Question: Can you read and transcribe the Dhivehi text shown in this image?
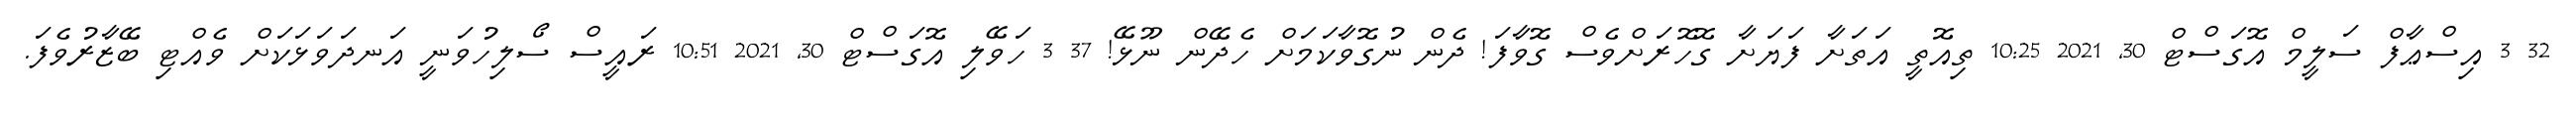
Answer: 32 3 އިސްޢާފް ސަލީމް އޮގަސްޓް 30, 2021 10:25 ތިއޮތީ އަތަށާ ފަޔަށާ ގޮހޮރަށްވެސް ގޮވާފަ! ދެން ނުގޮވާކަމަށް ހެދޭން ނޫޅޭ! 37 3 ހަވޭލި އޮގަސްޓް 30, 2021 10:51 ރައީސް ސޯލިހުވަނީ އަނދަވަޅަކަށް ވެއްޓި ބޭޒާރުވެފަ.